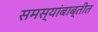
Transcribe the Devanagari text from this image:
समस्यांबाब्तीत